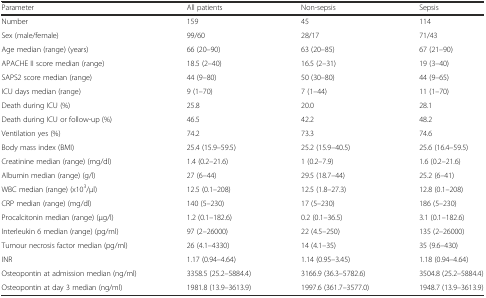
<table><thead><tr><td><b>Parameter</b></td><td><b>All patients</b></td><td><b>Non-sepsis</b></td><td><b>Sepsis</b></td></tr></thead><tbody><tr><td>Number</td><td>159</td><td>45</td><td>114</td></tr><tr><td>Sex (male/female)</td><td>99/60</td><td>28/17</td><td>71/43</td></tr><tr><td>Age median (range) (years)</td><td>66 (20–90)</td><td>63 (20–85)</td><td>67 (21–90)</td></tr><tr><td>APACHE II score median (range)</td><td>18.5 (2–40)</td><td>16.5 (2–31)</td><td>19 (3–40)</td></tr><tr><td>SAPS2 score median (range)</td><td>44 (9–80)</td><td>50 (30–80)</td><td>44 (9–65)</td></tr><tr><td>ICU days median (range)</td><td>9 (1–70)</td><td>7 (1–44)</td><td>11 (1–70)</td></tr><tr><td>Death during ICU (%)</td><td>25.8</td><td>20.0</td><td>28.1</td></tr><tr><td>Death during ICU or follow-up (%)</td><td>46.5</td><td>42.2</td><td>48.2</td></tr><tr><td>Ventilation yes (%)</td><td>74.2</td><td>73.3</td><td>74.6</td></tr><tr><td>Body mass index (BMI)</td><td>25.4 (15.9–59.5)</td><td>25.2 (15.9–40.5)</td><td>25.6 (16.4–59.5)</td></tr><tr><td>Creatinine median (range) (mg/dl)</td><td>1.4 (0.2–21.6)</td><td>1 (0.2–7.9)</td><td>1.6 (0.2–21.6)</td></tr><tr><td>Albumin median (range) (g/l)</td><td>27 (6–44)</td><td>29.5 (18.7–44)</td><td>25.2 (6–41)</td></tr><tr><td>WBC median (range) (x10<sup>3</sup>/μl)</td><td>12.5 (0.1–208)</td><td>12.5 (1.8–27.3)</td><td>12.8 (0.1–208)</td></tr><tr><td>CRP median (range) (mg/dl)</td><td>140 (5–230)</td><td>17 (5–230)</td><td>186 (5–230)</td></tr><tr><td>Procalcitonin median (range) (μg/l)</td><td>1.2 (0.1–182.6)</td><td>0.2 (0.1–36.5)</td><td>3.1 (0.1–182.6)</td></tr><tr><td>Interleukin 6 median (range) (pg/ml)</td><td>97 (2–26000)</td><td>22 (4.5–250)</td><td>135 (2–26000)</td></tr><tr><td>Tumour necrosis factor median (pg/ml)</td><td>26 (4.1–4330)</td><td>14 (4.1–35)</td><td>35 (9.6–430)</td></tr><tr><td>INR</td><td>1.17 (0.94–4.64)</td><td>1.14 (0.95–3.45)</td><td>1.18 (0.94–4.64)</td></tr><tr><td>Osteopontin at admission median (ng/ml)</td><td>3358.5 (25.2–5884.4)</td><td>3166.9 (36.3–5782.6)</td><td>3504.8 (25.2–5884.4)</td></tr><tr><td>Osteopontin at day 3 median (ng/ml)</td><td>1981.8 (13.9–3613.9)</td><td>1997.6 (361.7–3577.0)</td><td>1948.7 (13.9–3613.9)</td></tr></tbody></table>